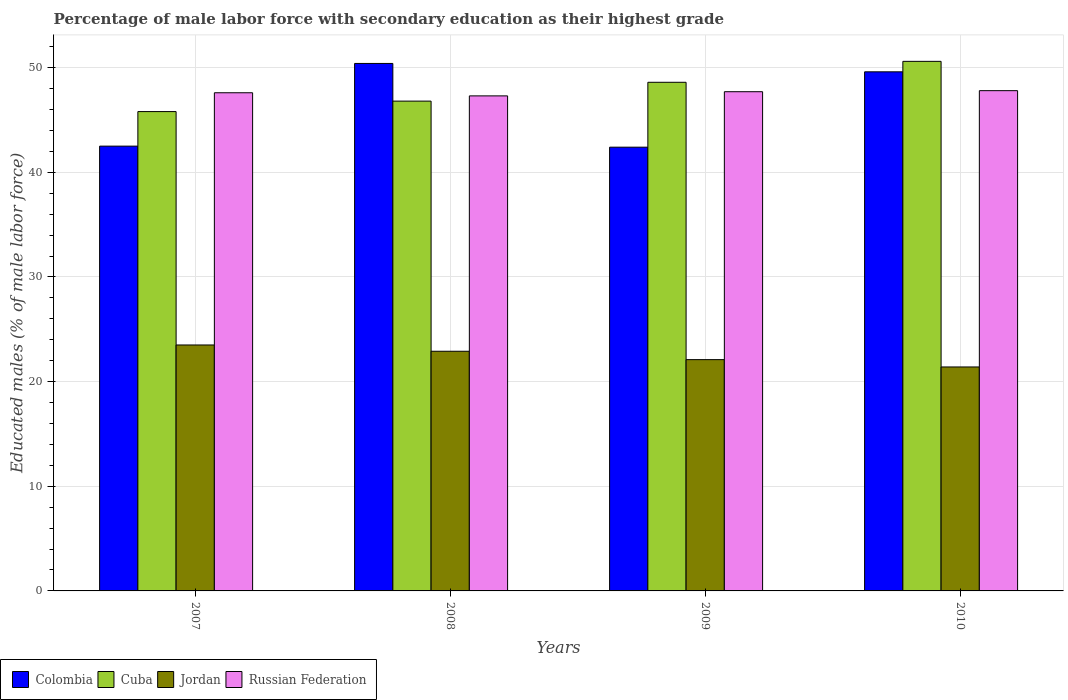
| Years | Colombia | Cuba | Jordan | Russian Federation |
 | --- | --- | --- | --- | --- |
 | 2007 | 42.5 | 45.8 | 23.5 | 47.6 |
 | 2008 | 50.4 | 46.8 | 22.9 | 47.3 |
 | 2009 | 42.4 | 48.6 | 22.1 | 47.7 |
 | 2010 | 49.6 | 50.6 | 21.4 | 47.8 |